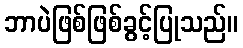
ဘာပဲဖြစ်ဖြစ်ခွင့်ပြုသည်။